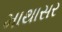
માથાસર